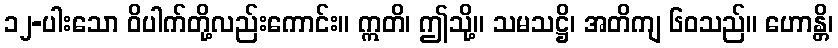
၁၂-ပါးသော ဝိပါက်တို့လည်းကောင်း။ ဣတိ၊ ဤသို့။ သမသဋ္ဌိ၊ အတိကျ ၆၀သည်။ ဟောန္တိ၊